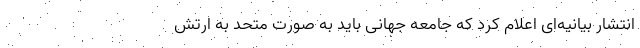
انتشار بیانیه‌ای اعلام کرد که جامعه جهانی باید به صورت متحد به ارتش